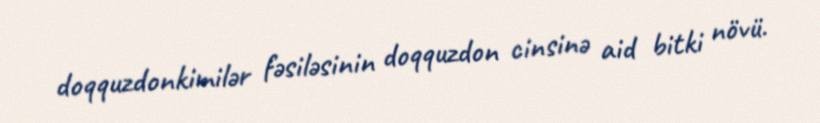
doqquzdonkimilər fəsiləsinin doqquzdon cinsinə aid bitki növü.